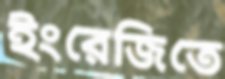
ইংরেজিতে